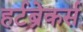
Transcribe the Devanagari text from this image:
हर्टब्रेकर्स